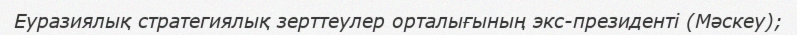
Еуразиялық стратегиялық зерттеулер орталығының экс-президенті (Мәскеу);